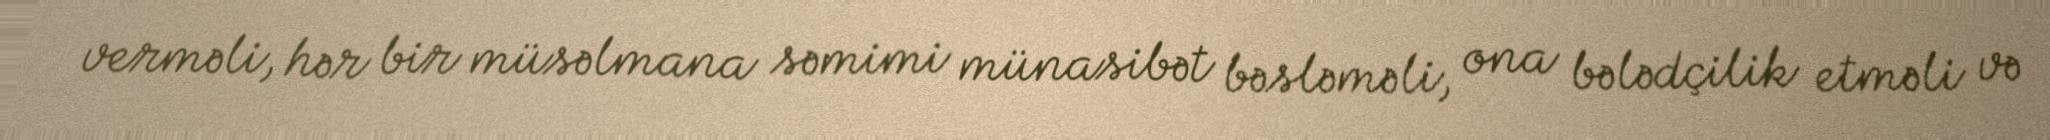
verməli, hər bir müsəlmana səmimi münasibət bəsləməli, ona bələdçilik etməli və